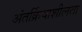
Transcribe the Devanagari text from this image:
अंतर्क्रियाशीलता